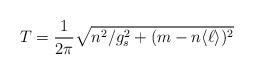
LaTeX: \begin{align*}T= {1\over 2\pi}\sqrt{ n^2/g_s^2 + (m-n\langle\ell\rangle )^2}\end{align*}